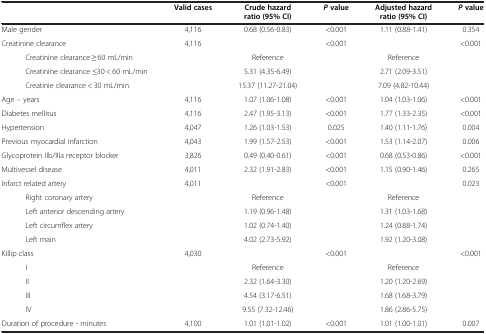
<table><thead><tr><td><b> </b></td><td><b>Valid cases</b></td><td><b>Crude hazard ratio (95% CI)</b></td><td><b><i>P </i>value</b></td><td><b>Adjusted hazard ratio (95% CI)</b></td><td><b><i>P </i>value</b></td></tr></thead><tbody><tr><td>Male gender</td><td>4,116</td><td>0.68 (0.56-0.83)</td><td>&lt;0.001</td><td>1.11 (0.88-1.41)</td><td>0.354</td></tr><tr><td>Creatinine clearance</td><td>4,116</td><td> </td><td>&lt;0.001</td><td> </td><td>&lt;0.001</td></tr><tr><td>Creatinine clearance ≥ 60 mL/min</td><td> </td><td>Reference</td><td> </td><td>Reference</td><td> </td></tr><tr><td>Creatinine clearance ≤30 &lt; 60 mL/min</td><td> </td><td>5.31 (4.35-6.49)</td><td> </td><td>2.71 (2.09-3.51)</td><td> </td></tr><tr><td>Creatinie clearance &lt; 30 mL/min</td><td> </td><td>15.37 (11.27-21.04)</td><td> </td><td>7.09 (4.82-10.44)</td><td> </td></tr><tr><td>Age – years</td><td>4,116</td><td>1.07 (1.06-1.08)</td><td>&lt;0.001</td><td>1.04 (1.03-1.06)</td><td>&lt;0.001</td></tr><tr><td>Diabetes mellitus</td><td>4,116</td><td>2.47 (1.95-3.13)</td><td>&lt;0.001</td><td>1.77 (1.33-2.35)</td><td>&lt;0.001</td></tr><tr><td>Hypertension</td><td>4,047</td><td>1.26 (1.03-1.53)</td><td>0.025</td><td>1.40 (1.11-1.76)</td><td>0.004</td></tr><tr><td>Previous myocardial infarction</td><td>4,043</td><td>1.99 (1.57-2.53)</td><td>&lt;0.001</td><td>1.53 (1.14-2.07)</td><td>0.006</td></tr><tr><td>Glycoprotein IIb/IIIa receptor blocker</td><td>3,826</td><td>0.49 (0.40-0.61)</td><td>&lt;0.001</td><td>0.68 (0.53-0.86)</td><td>&lt;0.001</td></tr><tr><td>Multivessel disease</td><td>4,011</td><td>2.32 (1.91-2.83)</td><td>&lt;0.001</td><td>1.15 (0.90-1.46)</td><td>0.265</td></tr><tr><td>Infarct related artery</td><td>4,011</td><td> </td><td>&lt;0.001</td><td> </td><td>0.023</td></tr><tr><td>Right coronary artery</td><td> </td><td>Reference</td><td> </td><td>Reference</td><td> </td></tr><tr><td>Left anterior descending artery</td><td> </td><td>1.19 (0.96-1.48)</td><td> </td><td>1.31 (1.03-1.68)</td><td> </td></tr><tr><td>Left circumflex artery</td><td> </td><td>1.02 (0.74-1.40)</td><td> </td><td>1.24 (0.88-1.74)</td><td> </td></tr><tr><td>Left main</td><td> </td><td>4.02 (2.73-5.92)</td><td> </td><td>1.92 (1.20-3.08)</td><td> </td></tr><tr><td>Killip class</td><td>4,030</td><td> </td><td>&lt;0.001</td><td> </td><td>&lt;0.001</td></tr><tr><td>I</td><td> </td><td>Reference</td><td> </td><td>Reference</td><td> </td></tr><tr><td>II</td><td> </td><td>2.32 (1.64-3.30)</td><td> </td><td>1.20 (1.20-2.69)</td><td> </td></tr><tr><td>III</td><td> </td><td>4.54 (3.17-6.51)</td><td> </td><td>1.68 (1.68-3.79)</td><td> </td></tr><tr><td>IV</td><td> </td><td>9.55 (7.32-12.46)</td><td> </td><td>1.86 (2.86-5.75)</td><td> </td></tr><tr><td>Duration of procedure - minutes</td><td>4,100</td><td>1.01 (1.01-1.02)</td><td>&lt;0.001</td><td>1.01 (1.00-1.01)</td><td>0.007</td></tr></tbody></table>